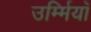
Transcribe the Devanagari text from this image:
उर्म्मियाँ